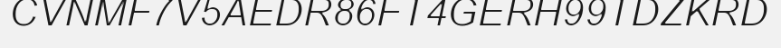
CVNMF7V5AEDR86FT4GERH99TDZKRD